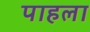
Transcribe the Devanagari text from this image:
पाहला